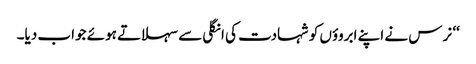
‘‘ نرس نے اپنے ابروؤں کو شہادت کی انگلی سے سہلاتے ہوئے جواب دیا۔